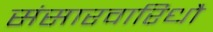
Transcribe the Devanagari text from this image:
संसारवारिधौ